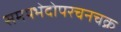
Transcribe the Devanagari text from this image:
समयभेदोपरचनचक्र